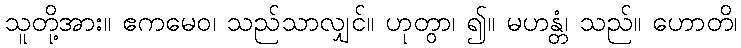
သူတို့အား။ ဧကမေဝ၊ သည်သာလျှင်။ ဟုတွာ၊ ၍။ မဟန္တံ၊ သည်။ ဟောတိ၊